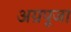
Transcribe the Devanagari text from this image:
अग्रपूजा